Annual report of the Punjab Veterinary College and of the Civil Veterinary Department, Punjab - 1926-1932
Year: 1926
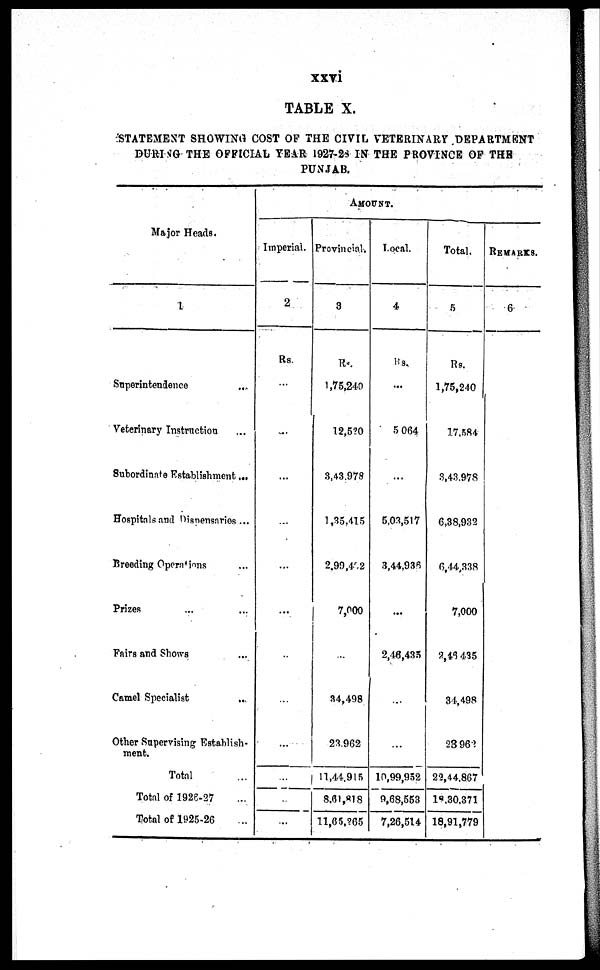
xxvi
TABLE X.
STATEMENT SHOWING COST OF THE CIVIL VETERINARY DEPARTMENT
DURING THE OFFICIAL YEAR 1927-28 IN THE PROVINCE OF THE
PUNJAB.
Major Heads.
1
Superintendence ...
Veterinary Instruction ...
Subordinate Establishment ...
Hospitals and Dispensaries ...
Breeding Operations ...
Prizes ... ...
Fairs and Shows ...
Camel Specialist ...
Other Supervising Establish-
ment.
Total ...
Total of 1926-27 ...
Total of 1925-26 ...
AMOUNT.
Imperial.
2
Rs.
...
...
...
...
...
...
...
...
...
...
...
...
Provincial.
3
Rs.
1,75,240
12,520
3,43,978
1,35,415
2,99,402
7,000
...
34,498
23,962
11,44,915
8,6l,818
11,65,265
Local.
4
Rs.
...
5 064
...
5,03,517
3,44,936
...
2,46,435
...
...
10,99,952
9,68,553
7,26,514
Total.
5
Rs.
1,75,240
17,584
3,43,978
6,38,932
6,44,338
7,000
2,46, 435
34,498
23, 962
22,44,867
18,30,371
18,91,779
REMARKS.
6